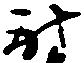
射